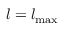
l = { l _ { { \mathrm { m a x } } } }